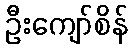
ဦးကျော်စိန်